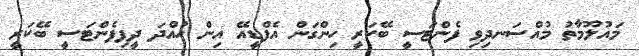
މައުލޫމާތު މުއްސަނދިވި ފެންޓަސީ ބޭކަރީ ހިންގަން އެފްޑީއޭ އިން ހުއްދަ ދީފިފެންޓަސީ ބޭކަރީ